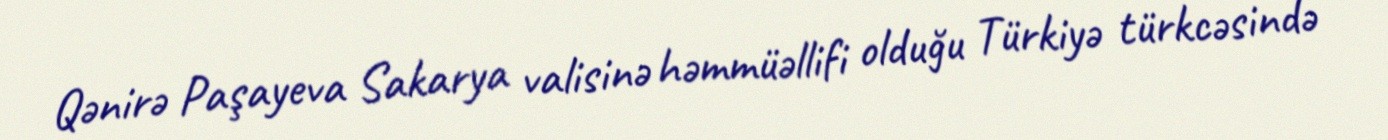
Qənirə Paşayeva Sakarya valisinə həmmüəllifi olduğu Türkiyə türkcəsində